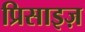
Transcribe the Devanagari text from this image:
प्रिसाइज़